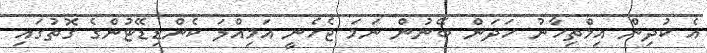
އެ ކުދިން އިމްތިހާނު ހަދަން ބޭނުން ނަމަ ޖެހެނީ އަމިއްލަ ކެންޑިޑޭޓުންގެ ގޮތުގައި